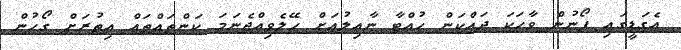
އެގަޑީގައި ފޯނުން ވާހަކަ ދައްކަން ހުއްޓާ ނާއިލުއަށް ހޭލެވިއްޖެނަމަ ކަންތައްތައް އިތުރަށް ގޯހުން